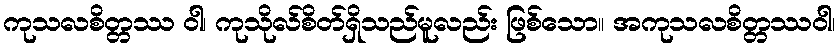
ကုသလစိတ္တဿ ဝါ၊ ကုသိုလ်စိတ်ရှိသည်မူလည်း ဖြစ်သော။ အကုသလစိတ္တဿဝါ၊